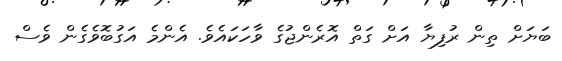
ބަޔަށް ތިން ރުފިޔާ އަށް ގަތް އޮރެންޖުގެ ވާހަކައެވެ. އެންމެ އަގުބޮވެގެން ވެސް